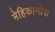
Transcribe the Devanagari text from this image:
मेहिकानोस